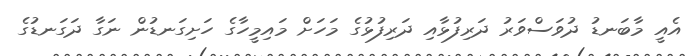
އެއީ މާބަނޑު ދުވަސްވަރު ދަރިފުޅާއި ދަރިފުޅުގެ މަހަށް މައިމީހާގެ ހަށިގަނޑުން ނަގާ ދަގަނޑުގެ